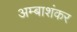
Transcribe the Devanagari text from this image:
अम्बाशंकर